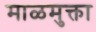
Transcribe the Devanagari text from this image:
माळमुक्ता